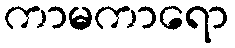
ကာမကာရော